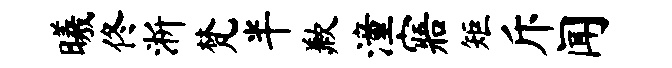
曦佟淅梵半歉潼寤矩斥闻